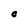
Character: O